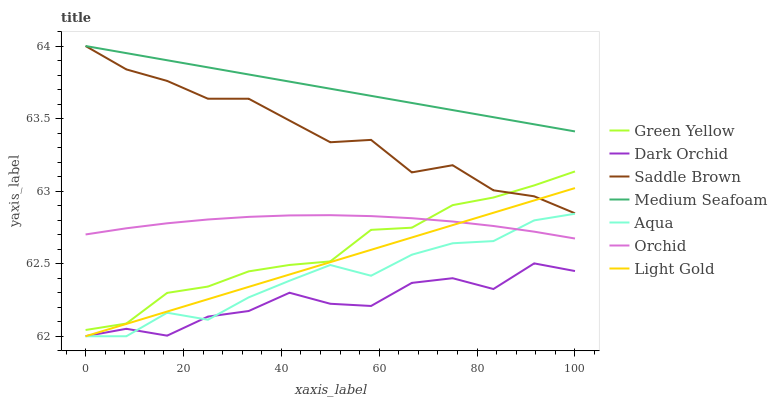
| xaxis_label | Green Yellow | Dark Orchid | Saddle Brown | Medium Seafoam | Aqua | Orchid | Light Gold |
 | --- | --- | --- | --- | --- | --- | --- | --- |
 | 0 | 62 | 62 | 64 | 64 | 62 | 62.7 | 62 |
 | 8.33 | 62.1 | 62.1 | 63.8 | 64 | 62 | 62.7 | 62.1 |
 | 16.7 | 62.3 | 62 | 63.8 | 63.9 | 62.2 | 62.8 | 62.2 |
 | 25 | 62.3 | 62.1 | 63.6 | 63.9 | 62.1 | 62.8 | 62.3 |
 | 33.3 | 62.4 | 62.2 | 63.6 | 63.8 | 62.3 | 62.8 | 62.3 |
 | 41.7 | 62.5 | 62.3 | 63.5 | 63.8 | 62.4 | 62.8 | 62.4 |
 | 50 | 62.5 | 62.2 | 63.3 | 63.7 | 62.5 | 62.8 | 62.5 |
 | 58.3 | 62.7 | 62.2 | 63.4 | 63.7 | 62.4 | 62.8 | 62.6 |
 | 66.7 | 62.7 | 62.4 | 63.1 | 63.6 | 62.6 | 62.8 | 62.7 |
 | 75 | 62.9 | 62.4 | 63.2 | 63.6 | 62.6 | 62.8 | 62.8 |
 | 83.3 | 63 | 62.3 | 63 | 63.5 | 62.7 | 62.8 | 62.9 |
 | 91.7 | 63 | 62.5 | 63 | 63.5 | 62.8 | 62.7 | 62.9 |
 | 100 | 63.1 | 62.4 | 62.8 | 63.4 | 62.8 | 62.7 | 63 |